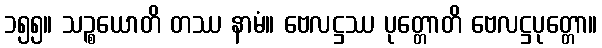
၁၅၅။ သဉ္စယောတိ တဿ နာမံ။ ဗေလဋ္ဌဿ ပုတ္တောတိ ဗေလဋ္ဌပုတ္တော။